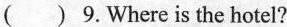
( ) 9.Where is the hotel?